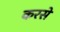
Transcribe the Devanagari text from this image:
करसे